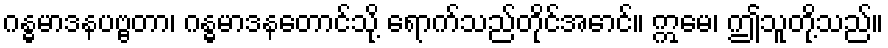
ဂန္ဓမာဒနပဗ္ဗတာ၊ ဂန္ဓမာဒနတောင်သို့ ရောက်သည်တိုင်အောင်။ ဣမေ၊ ဤသူတို့သည်။